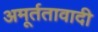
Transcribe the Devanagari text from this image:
अमूर्ततावादी